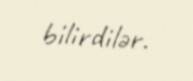
bilirdilər.